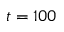
t = 1 0 0